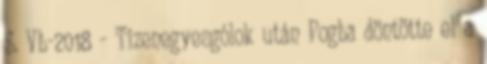
S. Vb-2018 - Tizenegyesgólok után Pogba döntötte el a